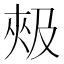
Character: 𰋦